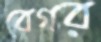
বেগর